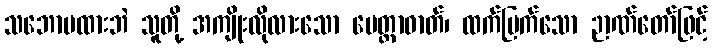
သဘောမထားဘဲ သူတို့ အကျိုးလိုလားသော မေတ္တာဓာတ်၊ ထက်မြက်သော ဉာဏ်တော်ဖြင့်